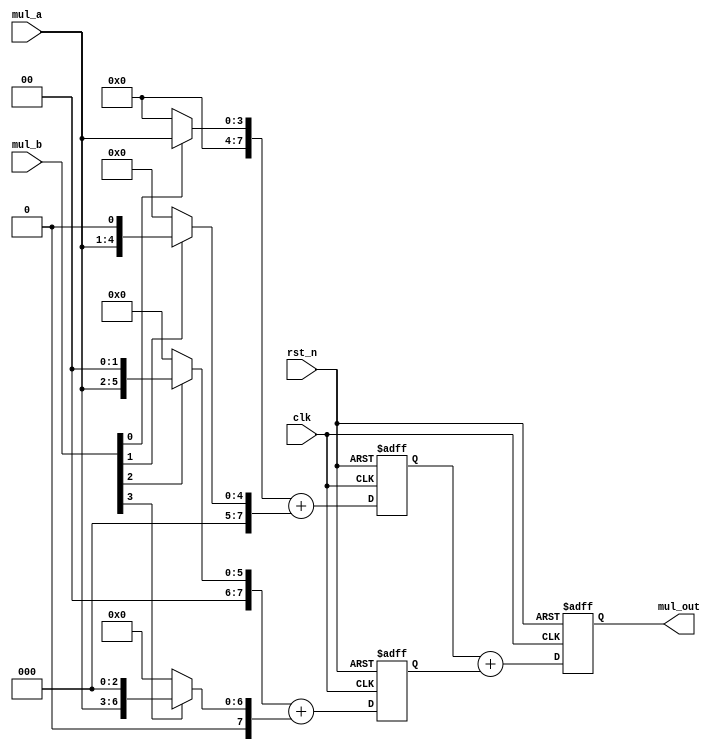
module multi_pipe #(
	parameter size = 4
	)(
	input clk,    // Clock
	input rst_n,  // Asynchronous reset active low
	input [size-1:0] mul_a,
	input [size-1:0] mul_b,

	output reg [2*size-1 : 0] mul_out
);
	parameter N = 2 * size;

	wire [N-1 : 0] temp [0:3] ;

	reg [N-1 : 0] adder_0 ;
	reg [N-1 : 0] adder_1 ;


	genvar i;
	generate
		for (i = 0; i < 4; i++) begin
			assign temp[i] = mul_b[i] ? mul_a << i : 'd0 ;
		end
	endgenerate

	always @(posedge clk or negedge rst_n) begin
		if (rst_n == 1'b0) begin
			adder_0 <= 'd0 ;
		end
		else begin
			adder_0 <= temp[0] + temp[1] ;
		end
	end

	always @(posedge clk or negedge rst_n) begin
		if (rst_n == 1'b0) begin
			adder_1 <= 'd0 ;
		end
		else begin
			adder_1 <= temp[2] + temp[3] ;
		end
	end

	always @(posedge clk or negedge rst_n) begin
		if (rst_n == 1'b0) begin
			mul_out <= 'd0 ;
		end
		else begin
			mul_out <= adder_0 + adder_1 ;
		end
	end

endmodule